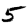
Digit: 5